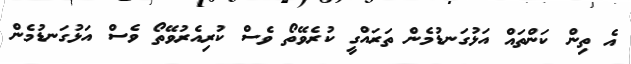
އެ ތިން ކަންތައް އަޅުގަނޑުމެން ތަރައްގީ ކުރެވޭތޯ ވެސް ކުރިއެރުވޭތޯ ވެސް އަޅުގަނޑުމެން